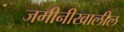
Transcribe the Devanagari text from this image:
जमीनीखालील